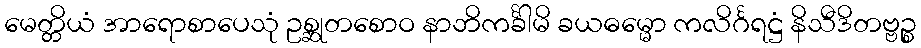
မေတ္တိယံ အာရောစာပေသုံ ဥစ္ဆုတစောဝ နာဘိကင်္ခါမိ ခယဓမ္မော ကလိင်္ဂရဋ္ဌံ နိသီဒိတဗ္ဗဉ္စ